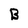
Character: B